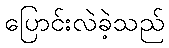
ပြောင်းလဲခဲ့သည်